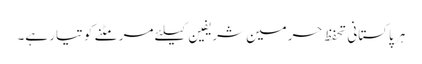
ہر پاکستانی تحفظ حرمین شریفین کیلئے مر مٹنے کو تیار ہے۔